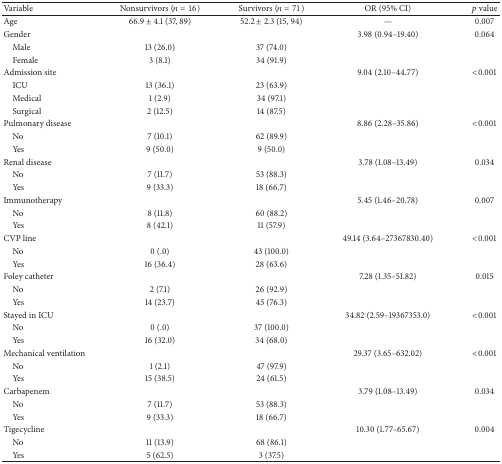
<table><thead><tr><td><b>Variable</b></td><td><b>Nonsurvivors (<i>n</i> = 16)</b></td><td><b>Survivors (<i>n</i> = 71)</b></td><td><b>OR (95% CI)</b></td><td><b><i>p</i> value</b></td></tr></thead><tbody><tr><td>Age</td><td>66.9 ± 4.1 (37, 89)</td><td>52.2 ± 2.3 (15, 94)</td><td>—</td><td>0.007</td></tr><tr><td>Gender </td><td> </td><td> </td><td>3.98 (0.94–19.40)</td><td>0.064</td></tr><tr><td> Male</td><td>13 (26.0)</td><td>37 (74.0)</td><td> </td><td> </td></tr><tr><td> Female</td><td>3 (8.1)</td><td>34 (91.9)</td><td> </td><td> </td></tr><tr><td>Admission site</td><td> </td><td> </td><td>9.04 (2.10–44.77)</td><td>&lt;0.001</td></tr><tr><td> ICU</td><td>13 (36.1)</td><td>23 (63.9)</td><td> </td><td> </td></tr><tr><td> Medical </td><td>1 (2.9)</td><td>34 (97.1)</td><td> </td><td> </td></tr><tr><td> Surgical </td><td>2 (12.5)</td><td>14 (87.5)</td><td> </td><td> </td></tr><tr><td>Pulmonary disease</td><td> </td><td> </td><td>8.86 (2.28–35.86)</td><td>&lt;0.001</td></tr><tr><td> No</td><td>7 (10.1)</td><td>62 (89.9)</td><td> </td><td> </td></tr><tr><td> Yes</td><td>9 (50.0)</td><td>9 (50.0)</td><td> </td><td> </td></tr><tr><td>Renal disease</td><td> </td><td> </td><td>3.78 (1.08–13.49)</td><td>0.034</td></tr><tr><td> No</td><td>7 (11.7)</td><td>53 (88.3)</td><td> </td><td> </td></tr><tr><td> Yes</td><td>9 (33.3)</td><td>18 (66.7)</td><td> </td><td> </td></tr><tr><td>Immunotherapy </td><td> </td><td> </td><td>5.45 (1.46–20.78)</td><td>0.007</td></tr><tr><td> No</td><td>8 (11.8)</td><td>60 (88.2)</td><td> </td><td> </td></tr><tr><td> Yes</td><td>8 (42.1)</td><td>11 (57.9)</td><td> </td><td> </td></tr><tr><td>CVP line</td><td> </td><td> </td><td>49.14 (3.64–27367830.40)</td><td>&lt;0.001</td></tr><tr><td> No</td><td>0 (.0)</td><td>43 (100.0)</td><td> </td><td> </td></tr><tr><td> Yes</td><td>16 (36.4)</td><td>28 (63.6)</td><td> </td><td> </td></tr><tr><td>Foley catheter</td><td> </td><td> </td><td>7.28 (1.35–51.82)</td><td>0.015</td></tr><tr><td> No</td><td>2 (7.1)</td><td>26 (92.9)</td><td> </td><td> </td></tr><tr><td> Yes</td><td>14 (23.7)</td><td>45 (76.3)</td><td> </td><td> </td></tr><tr><td>Stayed in ICU</td><td> </td><td> </td><td>34.82 (2.59–19367353.0)</td><td>&lt;0.001</td></tr><tr><td> No</td><td>0 (.0)</td><td>37 (100.0)</td><td> </td><td> </td></tr><tr><td> Yes</td><td>16 (32.0)</td><td>34 (68.0)</td><td> </td><td> </td></tr><tr><td>Mechanical ventilation</td><td> </td><td> </td><td>29.37 (3.65–632.02)</td><td>&lt;0.001</td></tr><tr><td> No</td><td>1 (2.1)</td><td>47 (97.9)</td><td> </td><td> </td></tr><tr><td> Yes</td><td>15 (38.5)</td><td>24 (61.5)</td><td> </td><td> </td></tr><tr><td>Carbapenem</td><td> </td><td> </td><td>3.79 (1.08–13.49)</td><td>0.034</td></tr><tr><td> No</td><td>7 (11.7)</td><td>53 (88.3)</td><td> </td><td> </td></tr><tr><td> Yes</td><td>9 (33.3)</td><td>18 (66.7)</td><td> </td><td> </td></tr><tr><td>Tigecycline</td><td> </td><td> </td><td>10.30 (1.77–65.67)</td><td>0.004</td></tr><tr><td> No</td><td>11 (13.9)</td><td>68 (86.1)</td><td> </td><td> </td></tr><tr><td> Yes</td><td>5 (62.5)</td><td>3 (37.5)</td><td> </td><td> </td></tr></tbody></table>